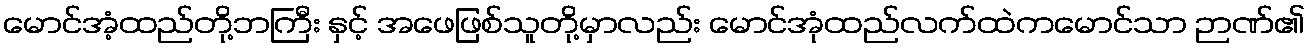
မောင်အံ့ထည်တို့ဘကြီး နှင့် အဖေဖြစ်သူတို့မှာလည်း မောင်အုံထည်လက်ထဲကမောင်သာ ဉာဏ်၏